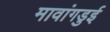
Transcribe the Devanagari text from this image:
मावांगडुई